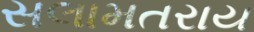
સલામતરાય